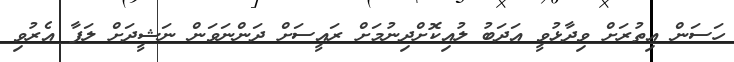
ހަސަން އިތުރަށް ވިދާޅުވީ އަދަބު ލުއިކޮށްދިނުމަށް ރައީސަށް ދަންނަވަން ނަޝީދަށް ލަފާ އެރުވި